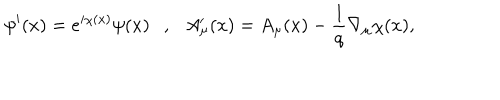
\psi ^ { \prime } ( x ) = e ^ { i \chi ( x ) } \psi ( x ) \ \ \ , \ \ \ A _ { \mu } ^ { \prime } ( x ) = A _ { \mu } ( x ) - \frac { 1 } { q } \nabla _ { \mu } \chi ( x ) ,